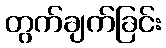
တွက်ချက်ခြင်း